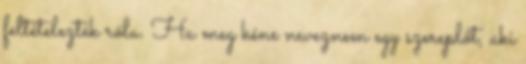
feltételezték róla. Ha meg kéne neveznem egy szereplőt, aki